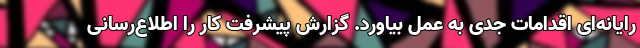
رایانه‌ای اقدامات جدی به عمل بیاورد. گزارش پیشرفت کار را اطلاع‌رسانی